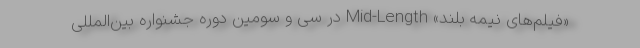
«فیلم‌های نیمه بلند» Mid-Length در سی و سومین دوره جشنواره بین‌المللی